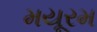
મયૂરમ